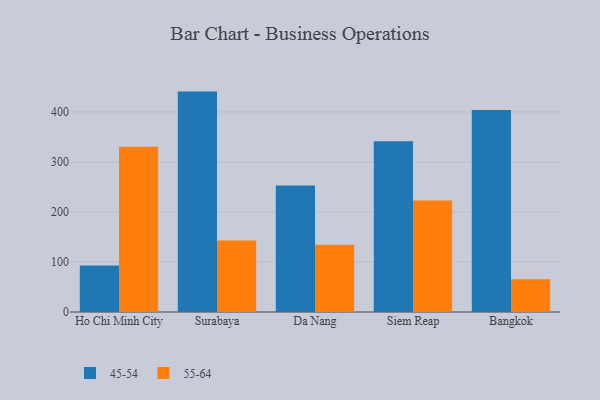
{"axis": {"x": "City", "y": "Market Share (%)"}, "legend": ["45-54", "55-64"], "data": [{"x": "Ho Chi Minh City", "y": 92.8, "type": "45-54"}, {"x": "Ho Chi Minh City", "y": 330.2, "type": "55-64"}, {"x": "Surabaya", "y": 440.7, "type": "45-54"}, {"x": "Surabaya", "y": 142.8, "type": "55-64"}, {"x": "Da Nang", "y": 252.7, "type": "45-54"}, {"x": "Da Nang", "y": 134.7, "type": "55-64"}, {"x": "Siem Reap", "y": 341.5, "type": "45-54"}, {"x": "Siem Reap", "y": 222.7, "type": "55-64"}, {"x": "Bangkok", "y": 404.0, "type": "45-54"}, {"x": "Bangkok", "y": 65.5, "type": "55-64"}]}